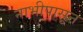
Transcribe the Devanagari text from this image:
नाभीपासून